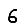
Digit: 6